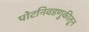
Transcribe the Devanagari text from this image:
पोटनिवडणुकीतून